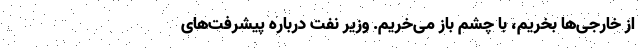
از خارجی‌ها بخریم، با چشم باز می‌خریم. وزیر نفت درباره پیشرفت‌های